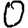
Digit: 0